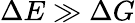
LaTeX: \Delta E\gg\Delta G